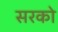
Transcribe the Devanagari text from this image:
सरको